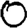
Digit: 0